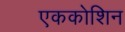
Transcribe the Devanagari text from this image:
एककोशिन